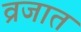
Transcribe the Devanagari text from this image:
व्रजात